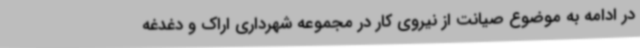
در ادامه به موضوع صیانت از نیروی کار در مجموعه شهرداری اراک و دغدغه